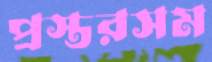
প্রস্তরসম